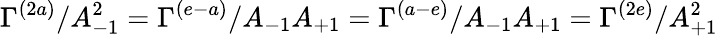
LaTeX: \Gamma^{(2a)}/A_{-1}^{2}=\Gamma^{(e-a)}/A_{-1}A_{+1}=\Gamma^{(a-e)}/A_{-1}A_{+1}=\Gamma^{(2e)}/A_{+1}^{2}